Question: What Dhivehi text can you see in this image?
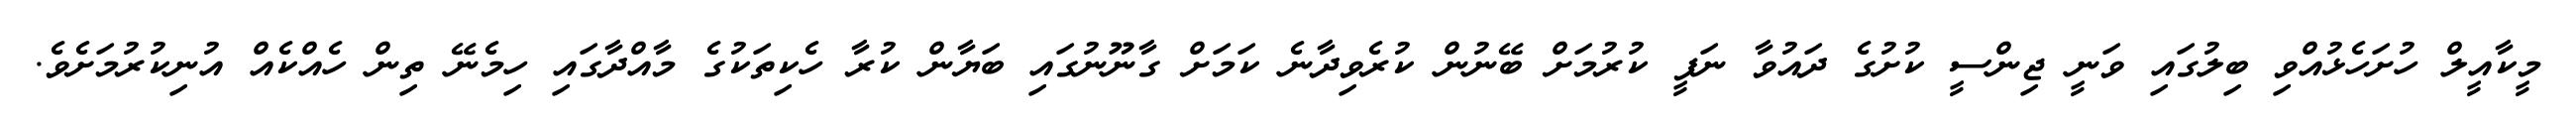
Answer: މީކާއީލް ހުށަހެޅުއްވި ބިލުގައި ވަނީ ޖިންސީ ކުށުގެ ދައުވާ ނަފީ ކުރުމަށް ބޭނުން ކުރެވިދާނެ ކަމަށް ގާނޫނުގައި ބަޔާން ކުރާ ހެކިތަކުގެ މާއްދާގައި ހިމެނޭ ތިން ހެއްކެއް އުނިކުރުމަށެވެ.